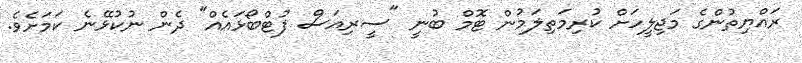
ރައްޔިތުންގެ މަޖިލީހަށް ކުރިމަތިލަމުން ޓޮމް ބުނީ "ސީރިއަސް ފުޓްބޯޅައެއް" ދެން ނުކުޅޭނެ ކަމަށެވެ.